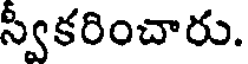
స్వీకరించారు.